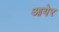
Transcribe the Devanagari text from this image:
आयेर